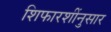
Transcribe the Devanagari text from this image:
शिफारशींनुसार